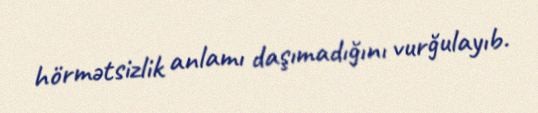
hörmətsizlik anlamı daşımadığını vurğulayıb.